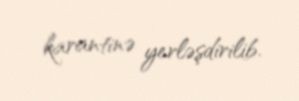
karantinə yerləşdirilib.